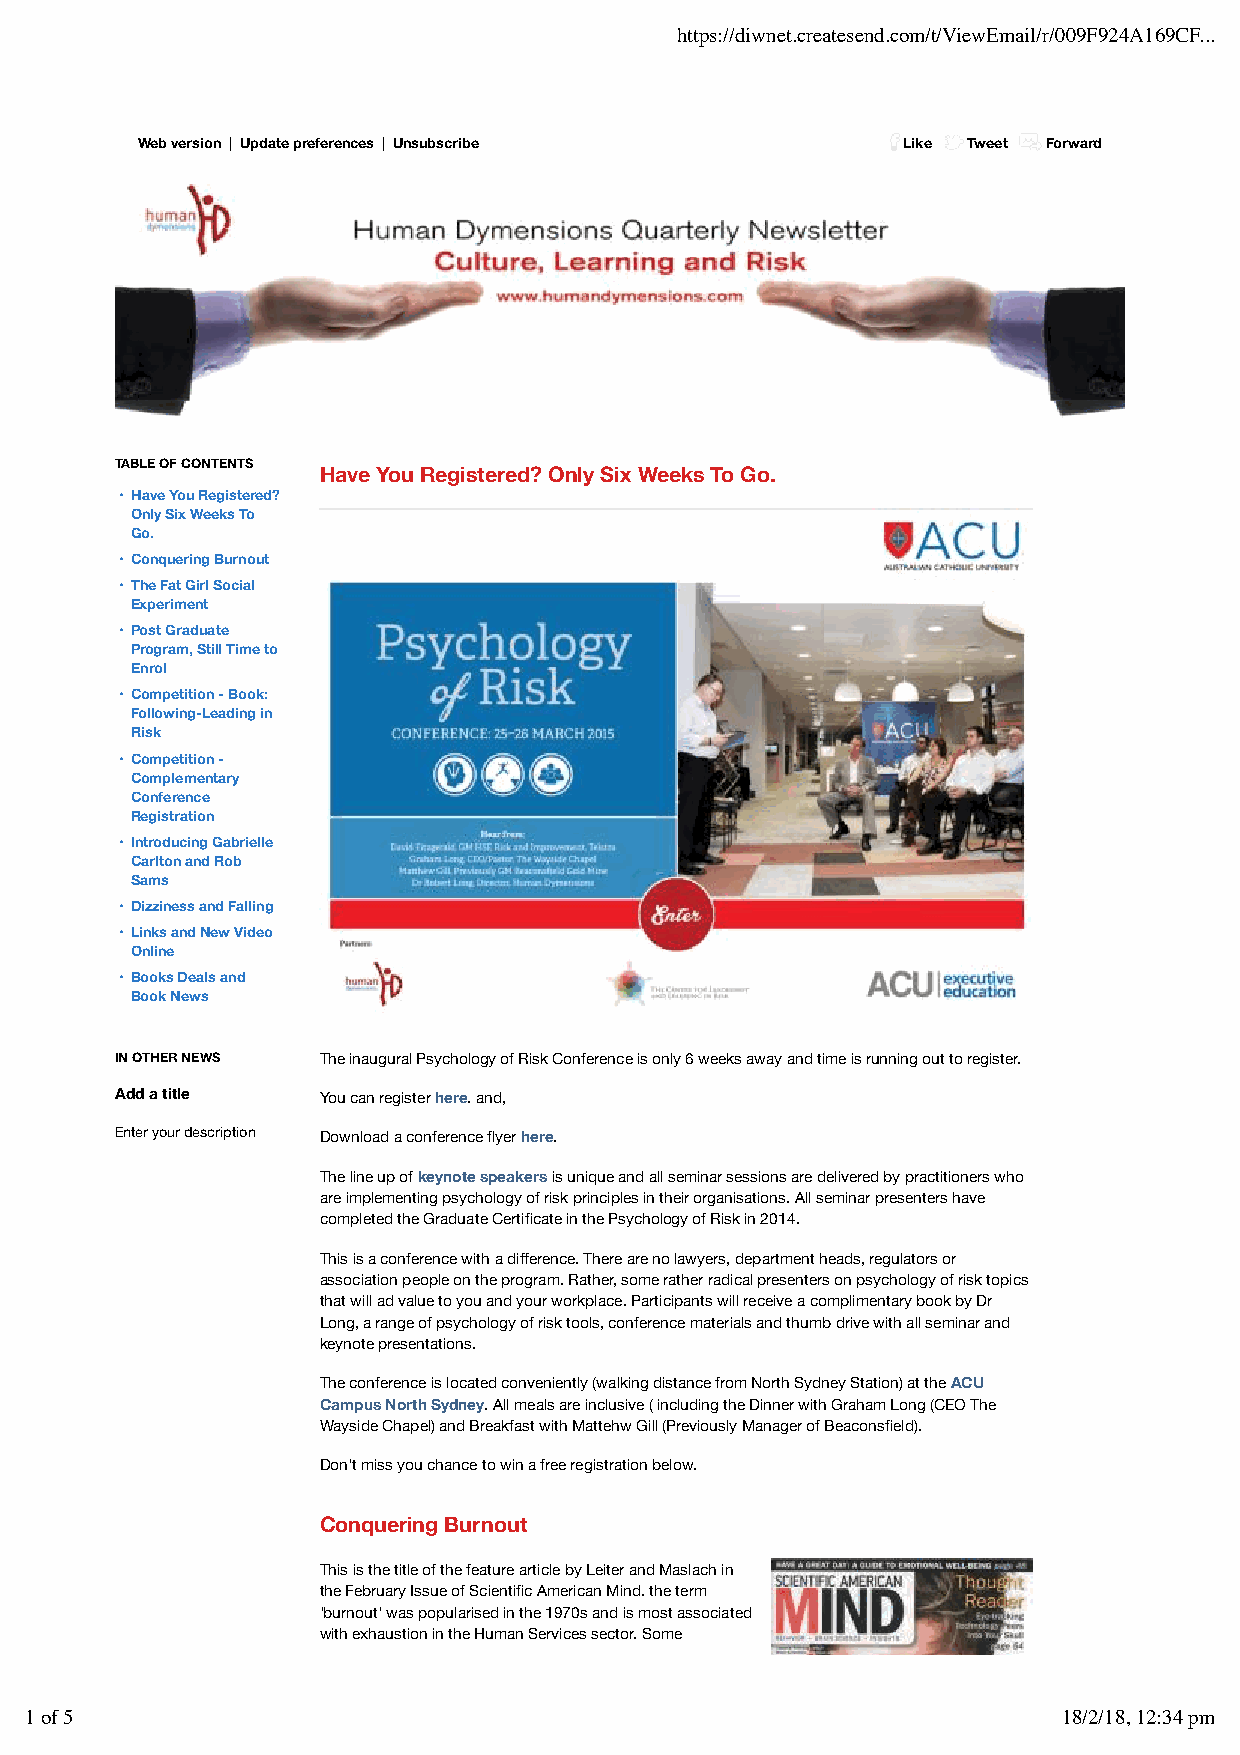
https://diwnet.createsend.com/t/ViewEmail/r/009F924A169CF...
 Web version | Update preferences | Unsubscribe     Like Tweet Forward
 TABLE OF CONTENTS
 Have You Registered? Only Six Weeks To Go.
 • Have You Registered?
 Only Six Weeks To
 Go.
 • Conquering Burnout
 • The Fat Girl Social
 Experiment
 • Post Graduate
 Program, Still Time to
 Enrol
 • Competition - Book:
 Following-Leading in
 Risk
 • Competition -
 Complementary
 Conference
 Registration
 • Introducing Gabrielle
 Carlton and Rob
 Sams
 • Dizziness and Falling
 • Links and New Video
 Online
 • Books Deals and
 Book News
 IN OTHER NEWS The inaugural Psychology of Risk Conference is only 6 weeks away and time is running out to register.
 Add a title  You can register here. and,
 Enter your description Download a conference flyer here.
 The line up of keynote speakers is unique and all seminar sessions are delivered by practitioners who
 are implementing psychology of risk principles in their organisations. All seminar presenters have
 completed the Graduate Certificate in the Psychology of Risk in 2014.
 This is a conference with a difference. There are no lawyers, department heads, regulators or
 association people on the program. Rather, some rather radical presenters on psychology of risk topics
 that will ad value to you and your workplace. Participants will receive a complimentary book by Dr
 Long, a range of psychology of risk tools, conference materials and thumb drive with all seminar and
 keynote presentations.
 The conference is located conveniently (walking distance from North Sydney Station) at the ACU
 Campus North Sydney. All meals are inclusive ( including the Dinner with Graham Long (CEO The
 Wayside Chapel) and Breakfast with Mattehw Gill (Previously Manager of Beaconsfield).
 Don't miss you chance to win a free registration below.
 Conquering Burnout
 This is the title of the feature article by Leiter and Maslach in
 the February Issue of Scientific American Mind. the term
 'burnout' was popularised in the 1970s and is most associated
 with exhaustion in the Human Services sector. Some
 1 of 5                                                              18/2/18, 12:34 pm